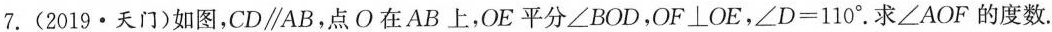
7.(2019·天门)如图，$$CD\parallel AB$$，点O在AB上，OE平分\angle BOD，$$OF\bot OE$$,$$\angle D=110^{\circ}$$.求\angle AOF的度数.